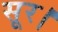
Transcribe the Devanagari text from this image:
सूर।